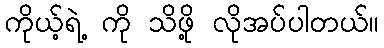
ကိုယ့်ရဲ့ ကို သိဖို့ လိုအပ်ပါတယ်။